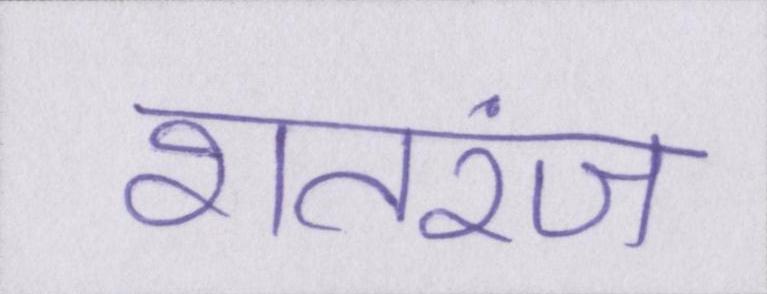
शतरंज